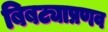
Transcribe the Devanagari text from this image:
बिबट्याप्रणव